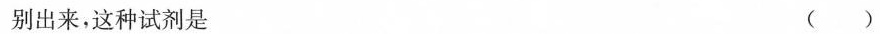
别出来，这种试剂是 ()